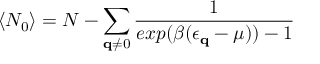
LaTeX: \langle N _ { 0 } \rangle = N - \sum _ { { \bf { q } } \neq 0 } \frac { 1 } { e x p ( \beta ( \epsilon _ { { \bf { q } } } - \mu ) ) - 1 }